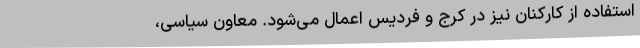
استفاده از کارکنان نیز در کرج و فردیس اعمال می‌شود. معاون سیاسی،